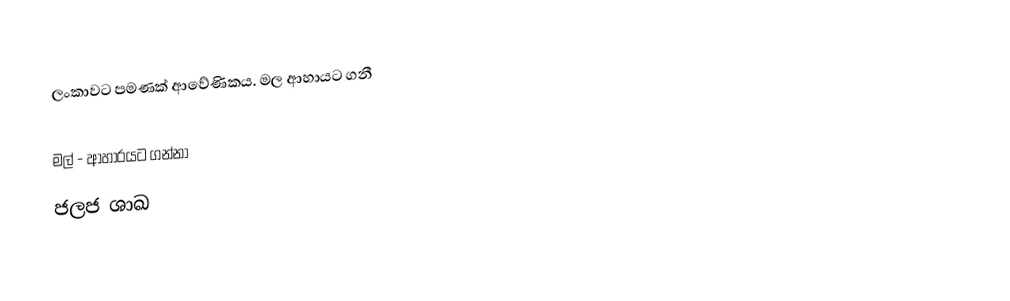
ලංකාවට පමණක් ආවේණිකය. මල ආහායට ගනී

මල් - ආහාරයට ගන්නා
ජලජ ශාඛ